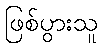
ဖြစ်ပွားသူ